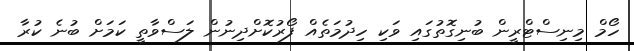
ހޯމް މިނިސްޓްރީން ބުނިގޮތުގައި ވަކި ހިދުމަތެއް ފޯރުކޮށްދިނުން ލަސްވާތީ ކަމަށް ބުނެ ކުރާ